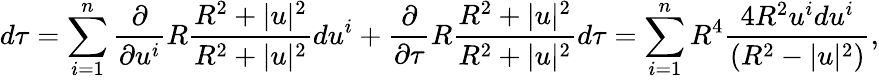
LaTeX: d\tau=\sum_{i=1}^{n}{\frac{\partial}{\partial u^{i}}}R{\frac{R^{2}+|u|^{2}}{R^{2}+|u|^{2}}}du^{i}+{\frac{\partial}{\partial\tau}}R{\frac{R^{2}+|u|^{2}}{R^{2}+|u|^{2}}}d\tau=\sum_{i=1}^{n}R^{4}{\frac{4R^{2}u^{i}du^{i}}{\left(R^{2}-|u|^{2}\right)}},